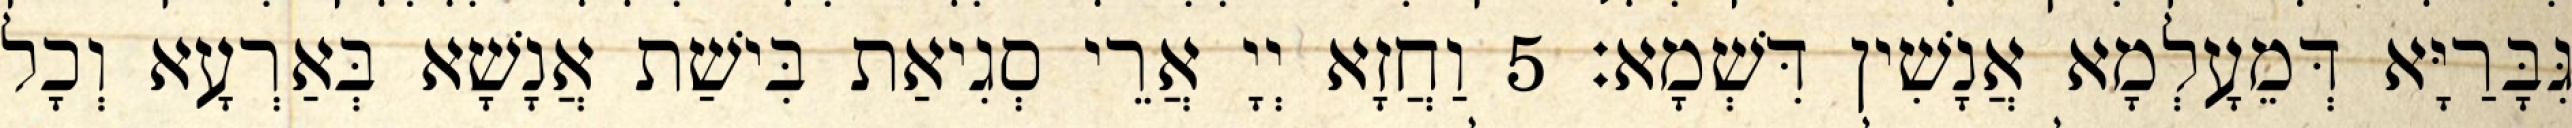
גִּבָּרַיָּא דְּמֵעָלְמָא אֲנָשִׁין דִּשְׁמָא׃ 5 וַחֲזָא יְיָ אֲרֵי סְגִיאַת בִּישַׁת אֲנָשָׁא בְּאַרְעָא וְכָל